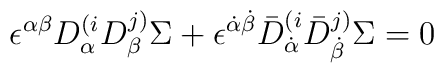
\epsilon^{\alpha \beta} D^{(i}_{\alpha} D^{j)}_{\beta} \Sigma+\epsilon^{\dot\alpha \dot\beta} \bar D^{(i}_{\dot\alpha} \bar D^{j)}_{\dot\beta} \Sigma=0